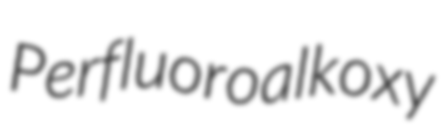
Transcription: Perfluoroalkoxy